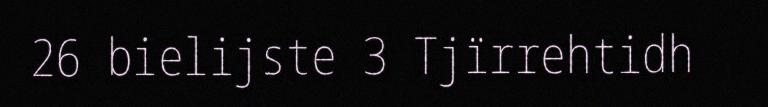
26 bielijste 3 Tjïrrehtidh